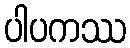
ပါပကဿ